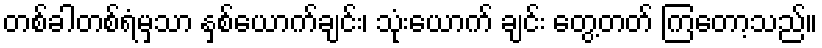
တစ်ခါတစ်ရံမှသာ နှစ်ယောက်ချင်း၊ သုံးယောက် ချင်း တွေ့တတ် ကြတော့သည်။